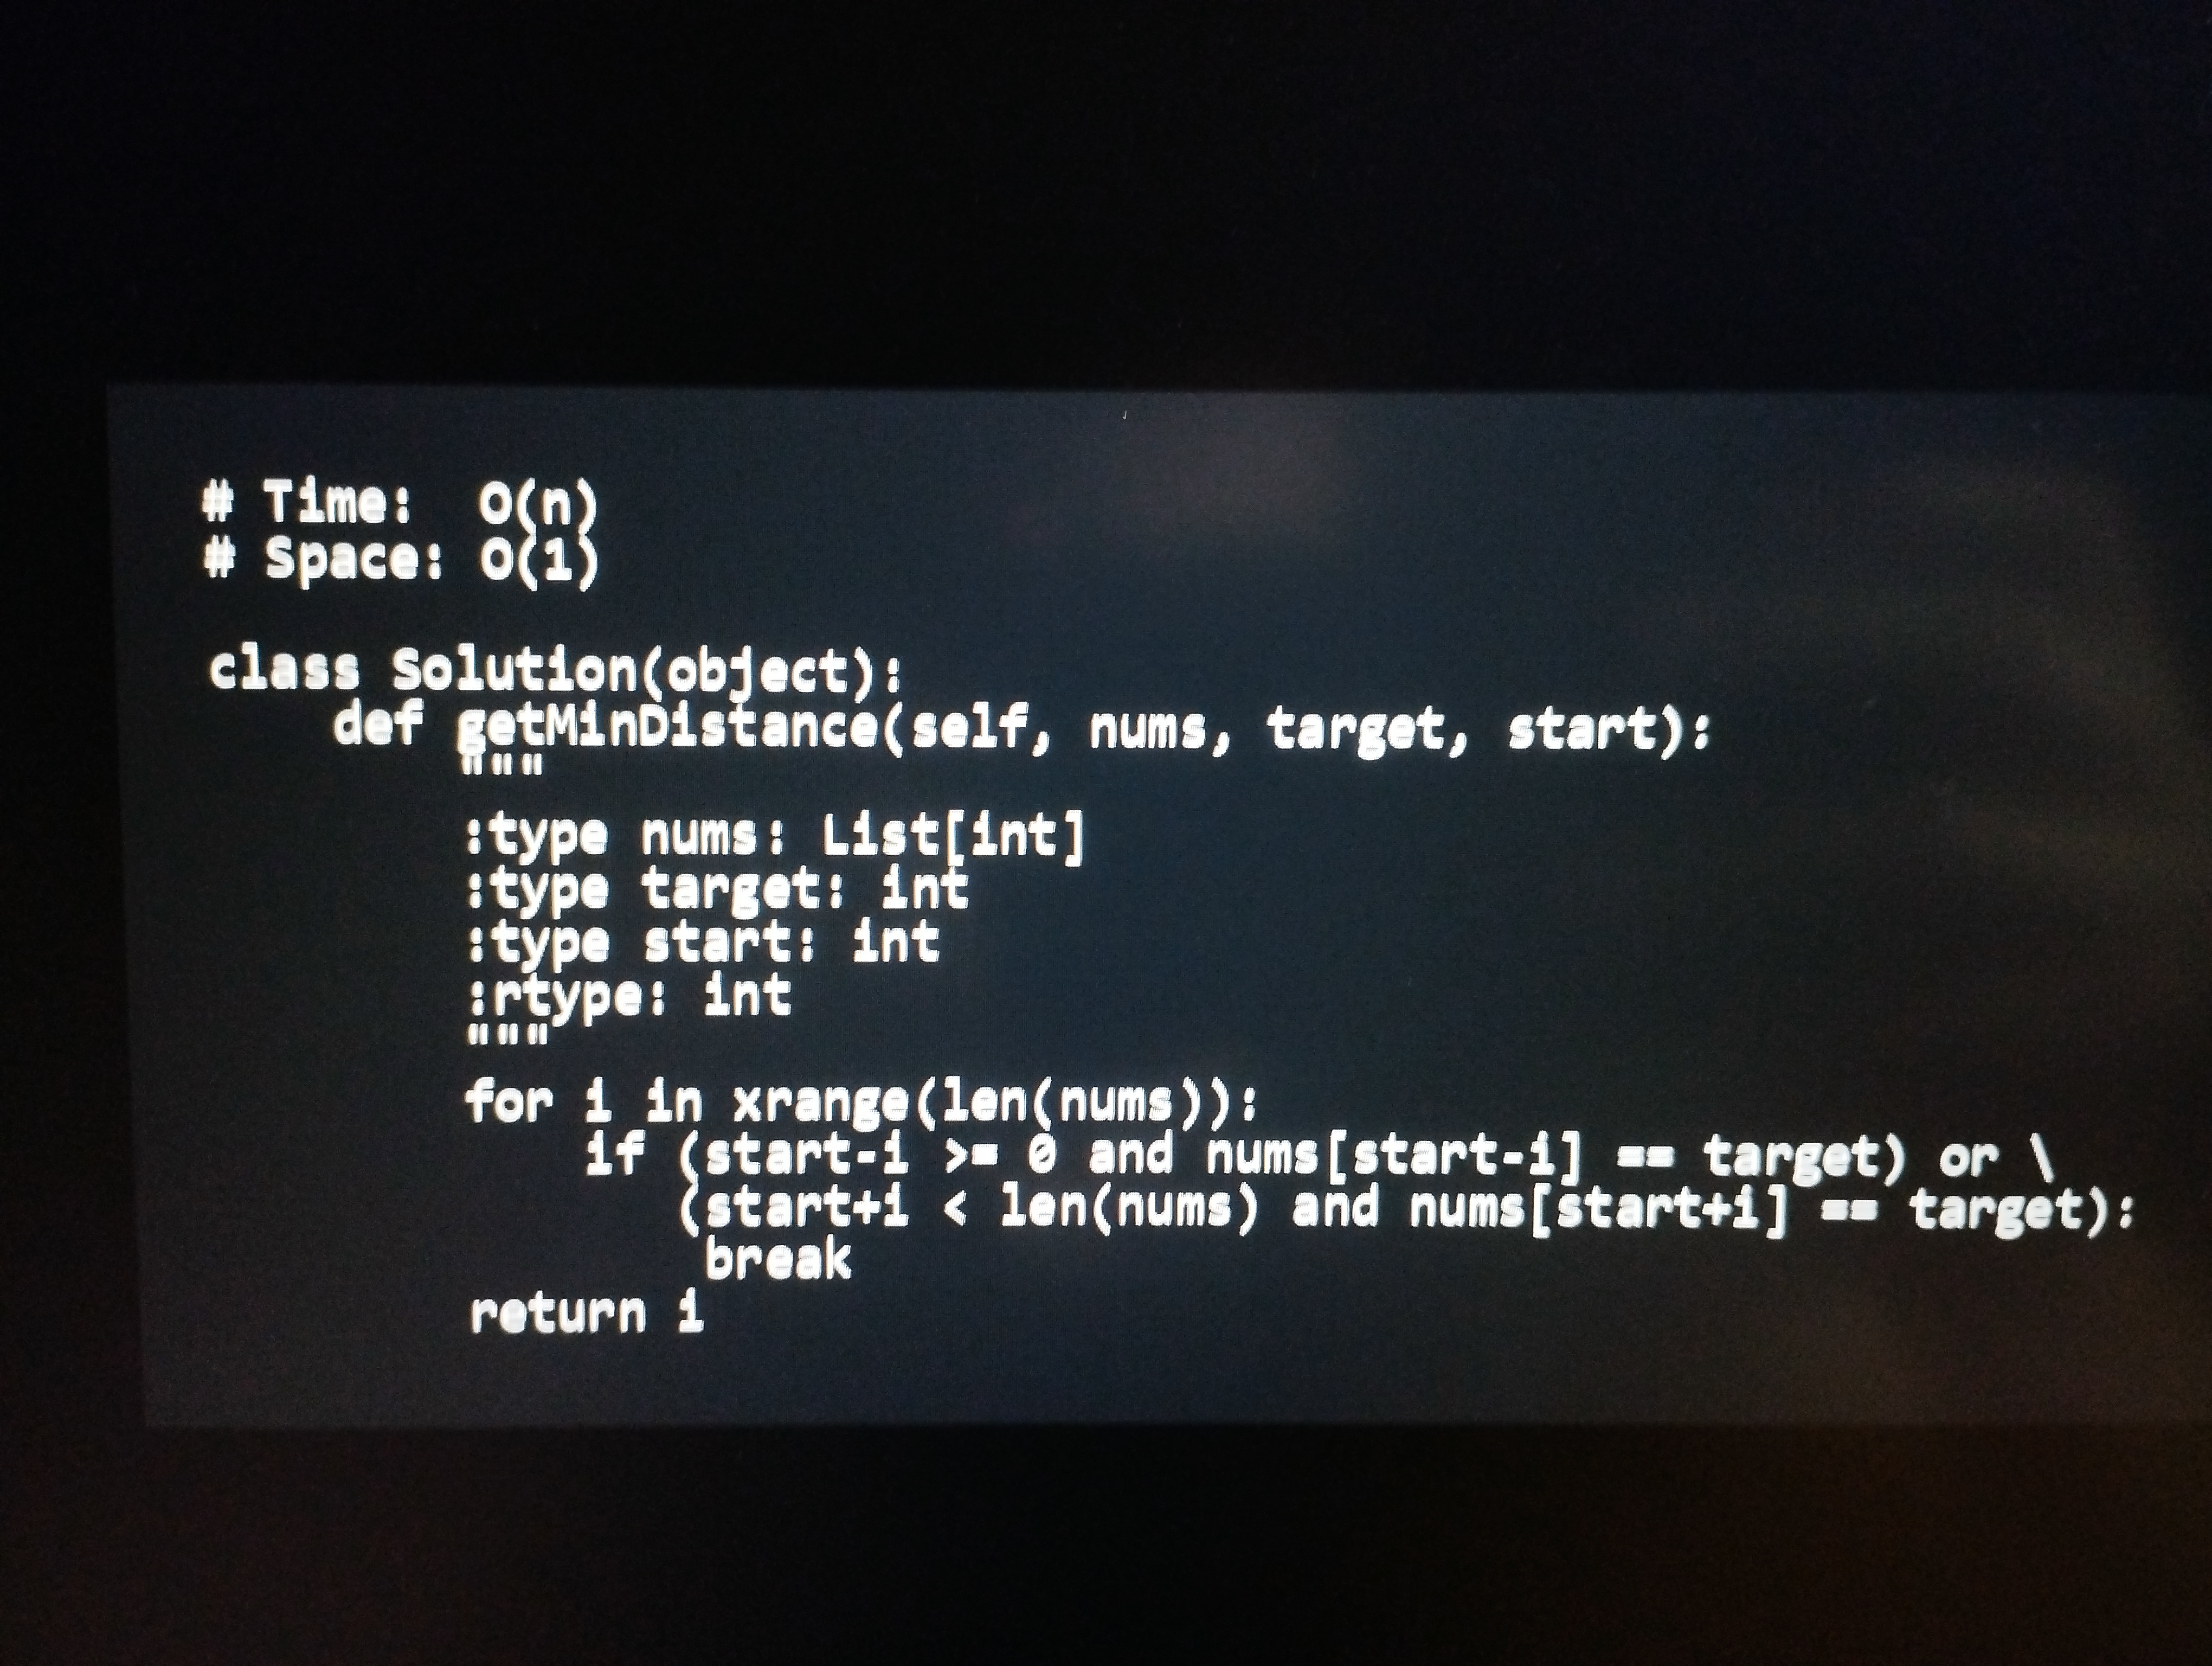
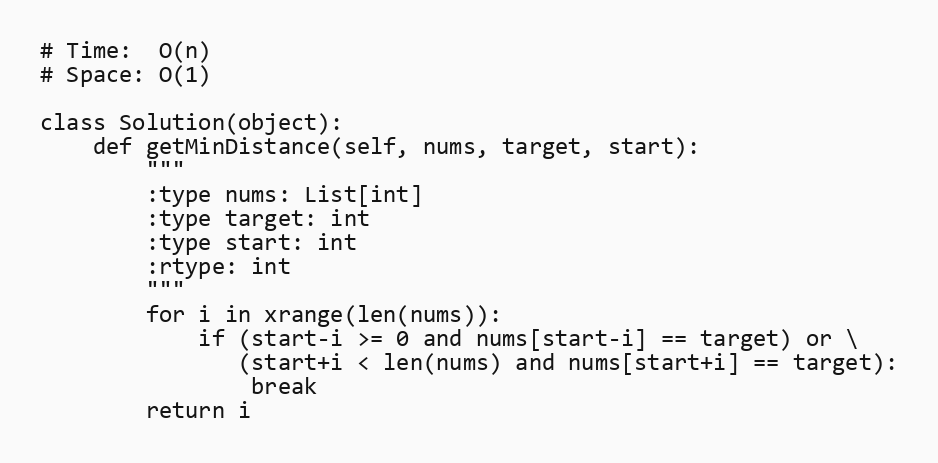
# Time:  O(n)
# Space: O(1)

class Solution(object):
    def getMinDistance(self, nums, target, start):
        """
        :type nums: List[int]
        :type target: int
        :type start: int
        :rtype: int
        """
        for i in xrange(len(nums)):
            if (start-i >= 0 and nums[start-i] == target) or \
               (start+i < len(nums) and nums[start+i] == target):
                break
        return i